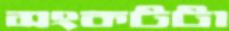
সংকটটা